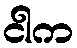
ငါက